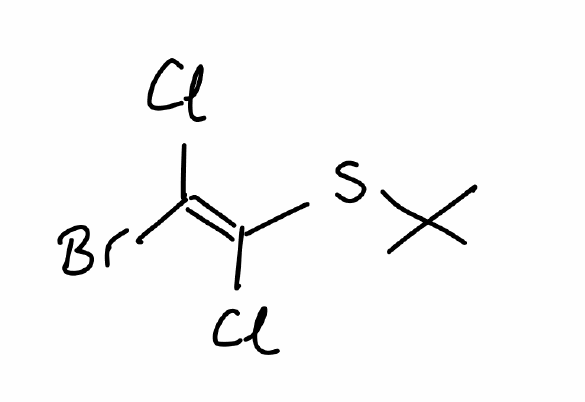
Simplified molecular-input line-entry system (SMILES) notation of the given molecule:
CC(C)(C)S/C(=C(\Cl)/Br)/Cl